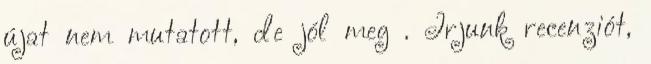
újat nem mutatott, de jól meg . Írjunk recenziót,